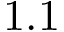
1 . 1